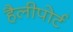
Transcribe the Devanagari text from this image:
हैलीपोर्ट